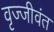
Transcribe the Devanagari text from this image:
वृज्जीवंत